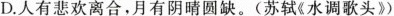
D.人有悲欢离合，月有阴晴圆缺。(苏轼《水调歌头》